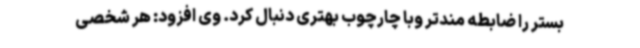
بستر را ضابطه مندتر وبا چارچوب بهتری دنبال کرد. وی افزود: هر شخصی